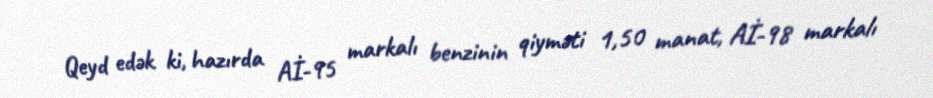
Qeyd edək ki, hazırda Aİ-95 markalı benzinin qiyməti 1,50 manat, Aİ-98 markalı